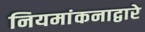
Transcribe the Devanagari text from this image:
नियमांकनाद्वारे